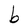
Character: b